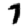
Digit: 7